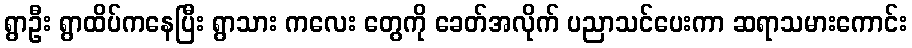
ရွာဦး ရွာထိပ်ကနေပြီး ရွာသား ကလေး တွေကို ခေတ်အလိုက် ပညာသင်ပေးကာ ဆရာသမားကောင်း